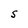
Character: S